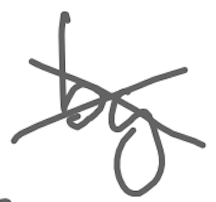
Text: by
Cross-out: cross
Writing tool: digital_gray